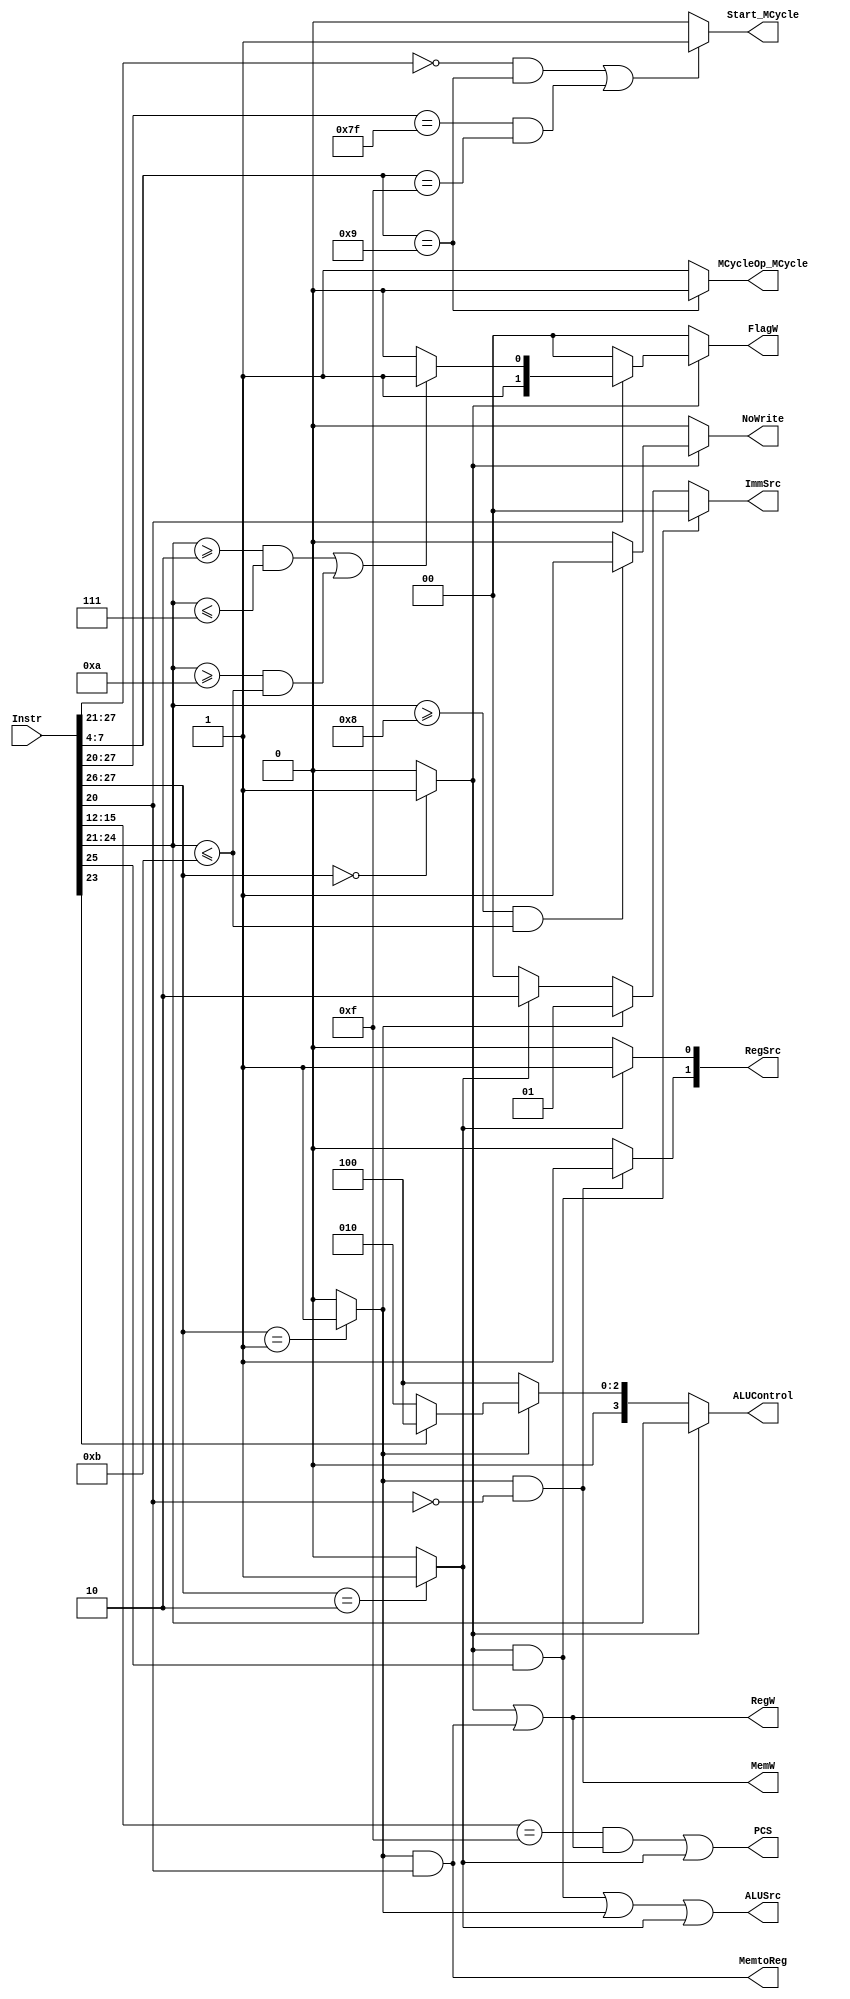
module Decoder(
    input [31:0] Instr,
    
    output Start_MCycle,
    output MCycleOp_MCycle, 
	
    output PCS,
    
    output RegW, 
    output MemW, 
    output MemtoReg,
    output ALUSrc,
    output [1:0] ImmSrc,
    output [1:0] RegSrc,
    

    output reg [3:0] ALUControl,
    output reg [1:0] FlagW,
    output reg NoWrite
); 
//
assign Start_MCycle = ((Instr[27:21]==7'b0000000 && Instr[7:4]==4'b1001) || (Instr[27:20]==8'b0111_1111&&Instr[7:4]==4'b1111)) ? 1'b1:1'b0;  
assign MCycleOp_MCycle = (Instr[7:4]==4'b1001) ? 1'b0:1'b1;

//    
    wire [1:0] op;
    wire Branch, DP, MEM;

    wire [3:0] Rd;
    wire [5:0] funct;
    wire S, U, I; // U: Add in memory isntgr

    assign op = Instr[27:26];
    assign Branch = (op==2'b10) ? 1 : 0;
    assign DP = (op==2'b00) ? 1 : 0;
    assign MEM = (op==2'b01) ? 1 : 0;

    assign Rd = Instr[15:12];
    assign funct = Instr[25:20];
    assign U = funct[3];
    

    // main decoder
    assign RegW = DP | (MEM && (funct[0]==1)); // DP or LTR
    assign MemW = MEM && (funct[0]==0); // STR
    assign MemtoReg = MEM && (funct[0]==1); // LTR
    assign ALUSrc = (DP && (funct[5]==1)) | MEM | Branch; // control src2 MUX
    
    assign ImmSrc = (DP && (funct[5]==1)) ? 2'b00 : 
                    ((MEM) ? 2'b01 : 
                    ((Branch) ? 2'b10 : 2'b00));
    assign RegSrc = {((MEM && (funct[0]==0)) ? 1'b1 : 1'b0), ((Branch) ? 1'b1 : 1'b0)};
    

    // PC select
    assign PCS = ((Rd==4'd15) && RegW) | Branch;

    // ALU decoder
    /* 
        in original version, ADD: 2'd0, SUB: 2'd1, AND: 2'd2, SUB: 2'd3 
        Now directly assign ALUControl[3:0] = Instr[24:21]
    */
    always @* begin
        if(DP==0) begin // not DP
            ALUControl = (MEM) ? ((U==0) ? 4'b0010 : 4'b0100) : // MEM: if U=0, negative imm, SUB
                                 (4'b0100); // Branch
            FlagW = 2'b00;
            NoWrite = 0;
        end
        else begin
            ALUControl = funct[4:1];
            
            // TST, TEQ, CMP, CMN: do not write back the result
            NoWrite = (funct[4:1]>=4'b1000 && funct[4:1]<=4'b1011) ? 1'b1 : 1'b0; 
            
            // Functions relevant to add/sub: 2'b11, AND/OR/XOR: 2'b10
            FlagW = (funct[0]) ? (((funct[4:1]>=4'b0010 && funct[4:1]<=4'b0111) || (funct[4:1]>=4'b1010 && funct[4:1]<=4'b1011)) ? 2'b11 : 2'b10) : 2'b00;
        end
    end


// CMP I_1010_1

// CMN I_1011_1, another value should be negeted,

// for memeory, immediate_bar, Pre-index, Add, Byte, WriteBack, Load
   
endmodule